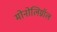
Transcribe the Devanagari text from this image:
मोनोलिग्नॉल